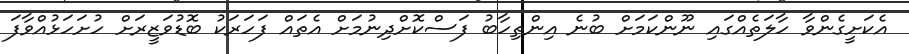
އެކަށީގެންވާ ހާލަތެއްގައި ނޫންކަމަށް ބުނެ އިންތިހާބު ފަސްކޮށްދިނުމަށް އެތައް ފަހަރަކު ބޮޑުވަޒީރަށް ހުށަހަޅުއްވާފަ